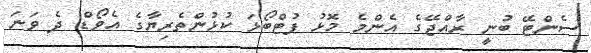
ސެންޓޭ ބުނީ ރާއްޖޭގެ އެންމެ މޮޅު ފުޓްބޯޅަ ކުޅުންތެރިޔާގެ އެވޯޑް ދެ ވަނަ